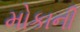
મોકાની